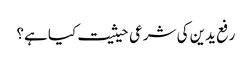
رفع یدین کی شرعی حیثیت کیا ہے؟